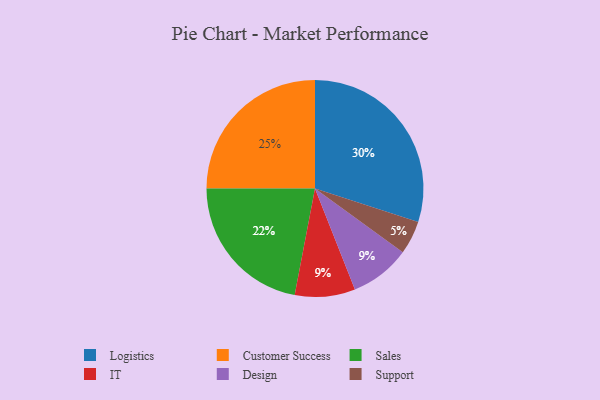
{"axis": {"x": "Category", "y": "Percentage"}, "legend": ["Customer Success", "Design", "IT", "Logistics", "Sales", "Support"], "data": [{"x": "IT", "y": 9, "type": "IT"}, {"x": "Design", "y": 9, "type": "Design"}, {"x": "Customer Success", "y": 25, "type": "Customer Success"}, {"x": "Support", "y": 5, "type": "Support"}, {"x": "Sales", "y": 22, "type": "Sales"}, {"x": "Logistics", "y": 30, "type": "Logistics"}]}